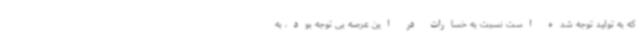
که به تولید توجه شده است نسبت به خسارات در این عرصه بی توجه بود، به